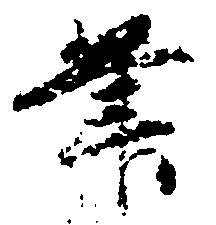
筆